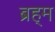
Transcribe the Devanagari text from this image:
ब्रह्‌म